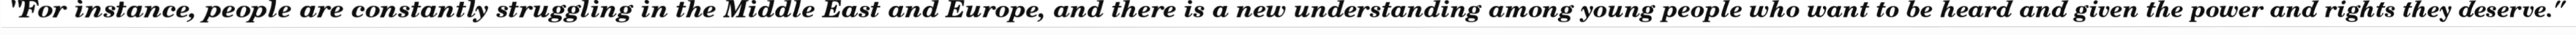
"For instance, people are constantly struggling in the Middle East and Europe, and there is a new understanding among young people who want to be heard and given the power and rights they deserve."